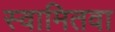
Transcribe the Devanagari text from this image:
स्वामितवा